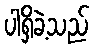
ပါရှိခဲ့သည်